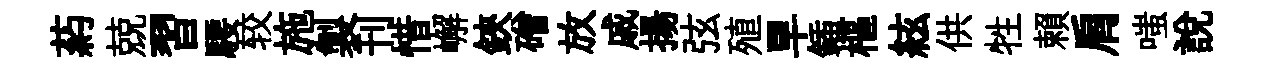
葯兢習騕较施製刊惜嶰鋏磳放戚揚弦殖旱鍤樞絃供牲賴肩嗤說